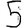
Digit: 5